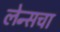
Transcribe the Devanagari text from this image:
लेन्सचा